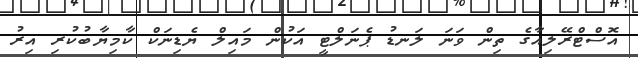
އޮސްޓްރޭލިއާގެ ތިން ވަނަ ލަނޑު ޕެނަލްޓީ އަކުން މައިލް ޔެޑިނަކް ކާމިޔާބުކުރި އިރު